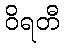
ဝိရတီ